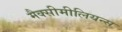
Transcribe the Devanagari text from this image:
मैक्सीमीलियन्स